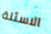
الاسئلة